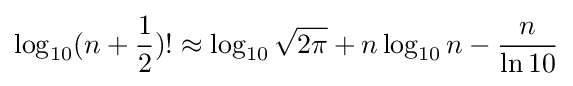
\log _{10}(n+{\frac {1}{2}})!\approx \log _{10}{\sqrt {2\pi }}+n\log _{10}n-{\frac {n}{\ln 10}}